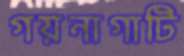
গয়নাগাটি